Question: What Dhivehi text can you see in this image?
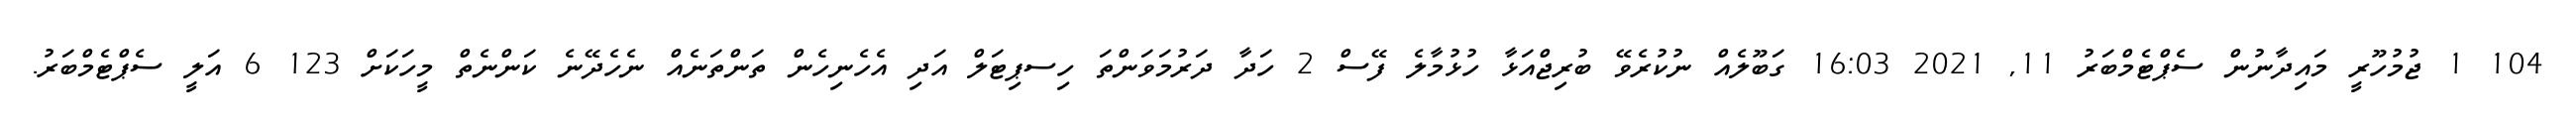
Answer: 104 1 ޖުމުހޫރީ މައިދާނުން ސެޕްޓެމްބަރު 11, 2021 16:03 ގަބޫލެއް ނުކުރެވޭ ބުރިޖްއަޅާ ހުޅުމާލެ ފޭސް 2 ހަދާ ދަރުމަވަންތަ ހިސޕިޓަލް އަދި އެހެނިހެން ތަންތަނެއް ނެހެދޭނެ ކަންނެތް މީހަކަށް 123 6 އަލީ ސެޕްޓެމްބަރު.